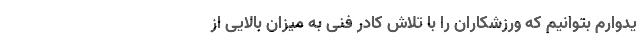
یدوارم بتوانیم که ورزشکاران را با تلاش کادر فنی به میزان بالایی از